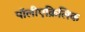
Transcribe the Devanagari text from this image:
पॉलीएक्रिलिक